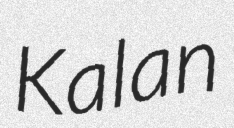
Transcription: Kalan